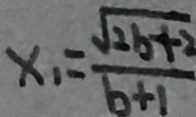
x _ { 1 } = \frac { \sqrt { 2 b + 2 } } { b + 1 }